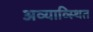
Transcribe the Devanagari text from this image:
अव्याव्स्थित